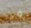
فى